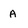
Character: A